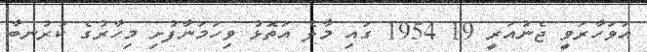
އަވަހާރަވީ ޖެނުއަރީ 19 1954 ގައި މާލެ އަތޮޅު ވިހަމަނާފުށި މިހާރުގެ ކުރުނބާ